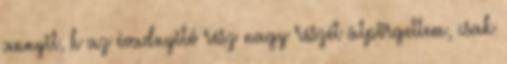
annyit, h az évadnyitó rész nagy részét átpörgettem, csak